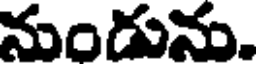
నుండును.